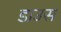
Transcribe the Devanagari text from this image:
डाउस